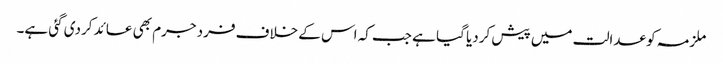
ملزمہ کو عدالت میں پیش کردیا گیا ہے جب کہ اس کے خلاف فرد جرم بھی عائد کردی گئی ہے۔